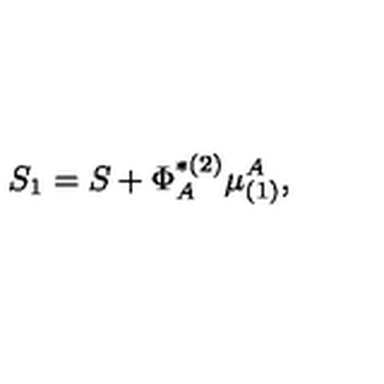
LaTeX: S _ { 1 } = S + \Phi _ { A } ^ { * ( 2 ) } \mu _ { ( 1 ) } ^ { A } ,